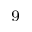
^ { - 9 }